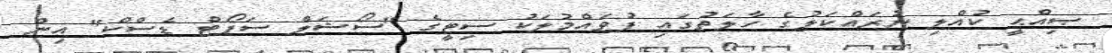
ޞިއްޙީ ކުއްލި ނުރައްކަލުގެ ހާލަތުގައި ފުވައްމުލަކު ސިޓީގެ "ސޯޝަލް ސަޕޯޓް ޑެސްކް" އިން